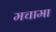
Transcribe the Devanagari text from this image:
मचामा